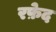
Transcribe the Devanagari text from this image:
रफ़ेद